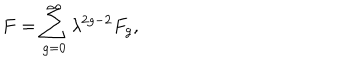
F = \sum _ { g = 0 } ^ { \infty } \lambda ^ { 2 g - 2 } F _ { g } ,